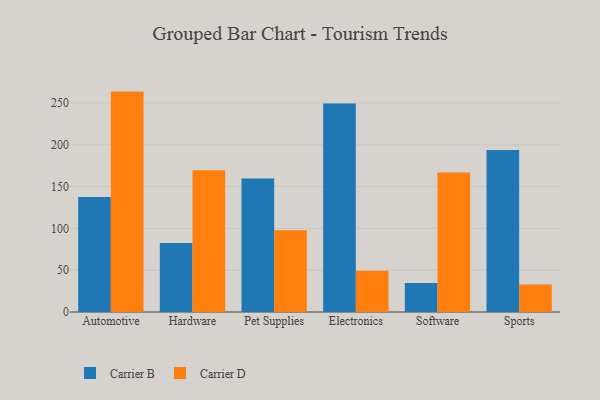
{"axis": {"x": "Category", "y": "Net Income (USD K)"}, "legend": ["Carrier B", "Carrier D"], "data": [{"x": "Automotive", "y": 137.6, "type": "Carrier B"}, {"x": "Automotive", "y": 263.6, "type": "Carrier D"}, {"x": "Hardware", "y": 82.6, "type": "Carrier B"}, {"x": "Hardware", "y": 169.4, "type": "Carrier D"}, {"x": "Pet Supplies", "y": 159.6, "type": "Carrier B"}, {"x": "Pet Supplies", "y": 97.9, "type": "Carrier D"}, {"x": "Electronics", "y": 249.5, "type": "Carrier B"}, {"x": "Electronics", "y": 49.3, "type": "Carrier D"}, {"x": "Software", "y": 34.7, "type": "Carrier B"}, {"x": "Software", "y": 166.8, "type": "Carrier D"}, {"x": "Sports", "y": 193.9, "type": "Carrier B"}, {"x": "Sports", "y": 32.9, "type": "Carrier D"}]}